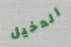
الدخيل